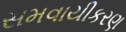
સમવાયીકરણ